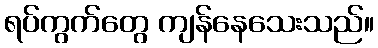
ရပ်ကွက်တွေ ကျန်နေသေးသည်။